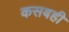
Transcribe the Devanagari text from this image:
कसबही